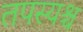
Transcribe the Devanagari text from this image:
तपस्यश्च